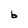
Character: b